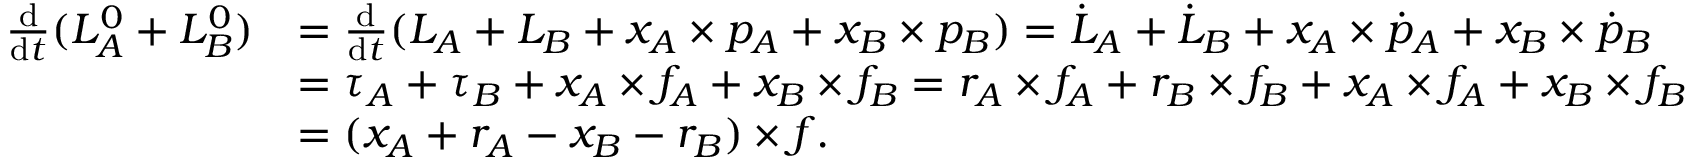
\begin{array} { r l } { \frac { \mathrm d } { \mathrm { d } t } ( L _ { A } ^ { 0 } + L _ { B } ^ { 0 } ) } & { = \frac { \mathrm d } { \mathrm { d } t } ( L _ { A } + L _ { B } + x _ { A } \times p _ { A } + x _ { B } \times p _ { B } ) = \dot { L } _ { A } + \dot { L } _ { B } + x _ { A } \times \dot { p } _ { A } + x _ { B } \times \dot { p } _ { B } } \\ & { = \tau _ { A } + \tau _ { B } + x _ { A } \times f _ { A } + x _ { B } \times f _ { B } = r _ { A } \times f _ { A } + r _ { B } \times f _ { B } + x _ { A } \times f _ { A } + x _ { B } \times f _ { B } } \\ & { = ( x _ { A } + r _ { A } - x _ { B } - r _ { B } ) \times f . } \end{array}